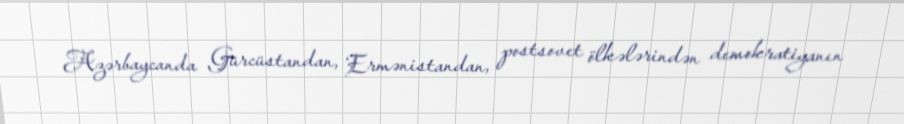
Azərbaycanda Gürcüstandan, Ermənistandan, postsovet ölkələrindən demokratiyanın